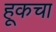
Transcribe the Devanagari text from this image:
हूकचा